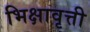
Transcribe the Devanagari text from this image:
भिक्षावृत्ती